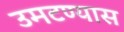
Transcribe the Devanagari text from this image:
उमटण्यास